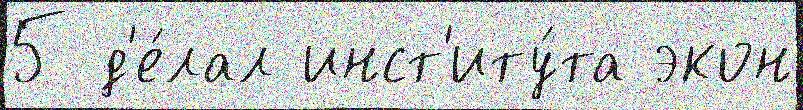
5 д'е́лал инст'иту́та экон